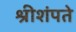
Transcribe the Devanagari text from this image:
श्रीशंपते